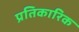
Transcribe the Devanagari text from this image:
प्रतिकारिक